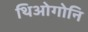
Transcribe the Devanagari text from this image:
थिओगोनि